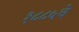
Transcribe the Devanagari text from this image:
१८८५चे